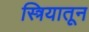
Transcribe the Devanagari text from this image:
स्त्रियातून